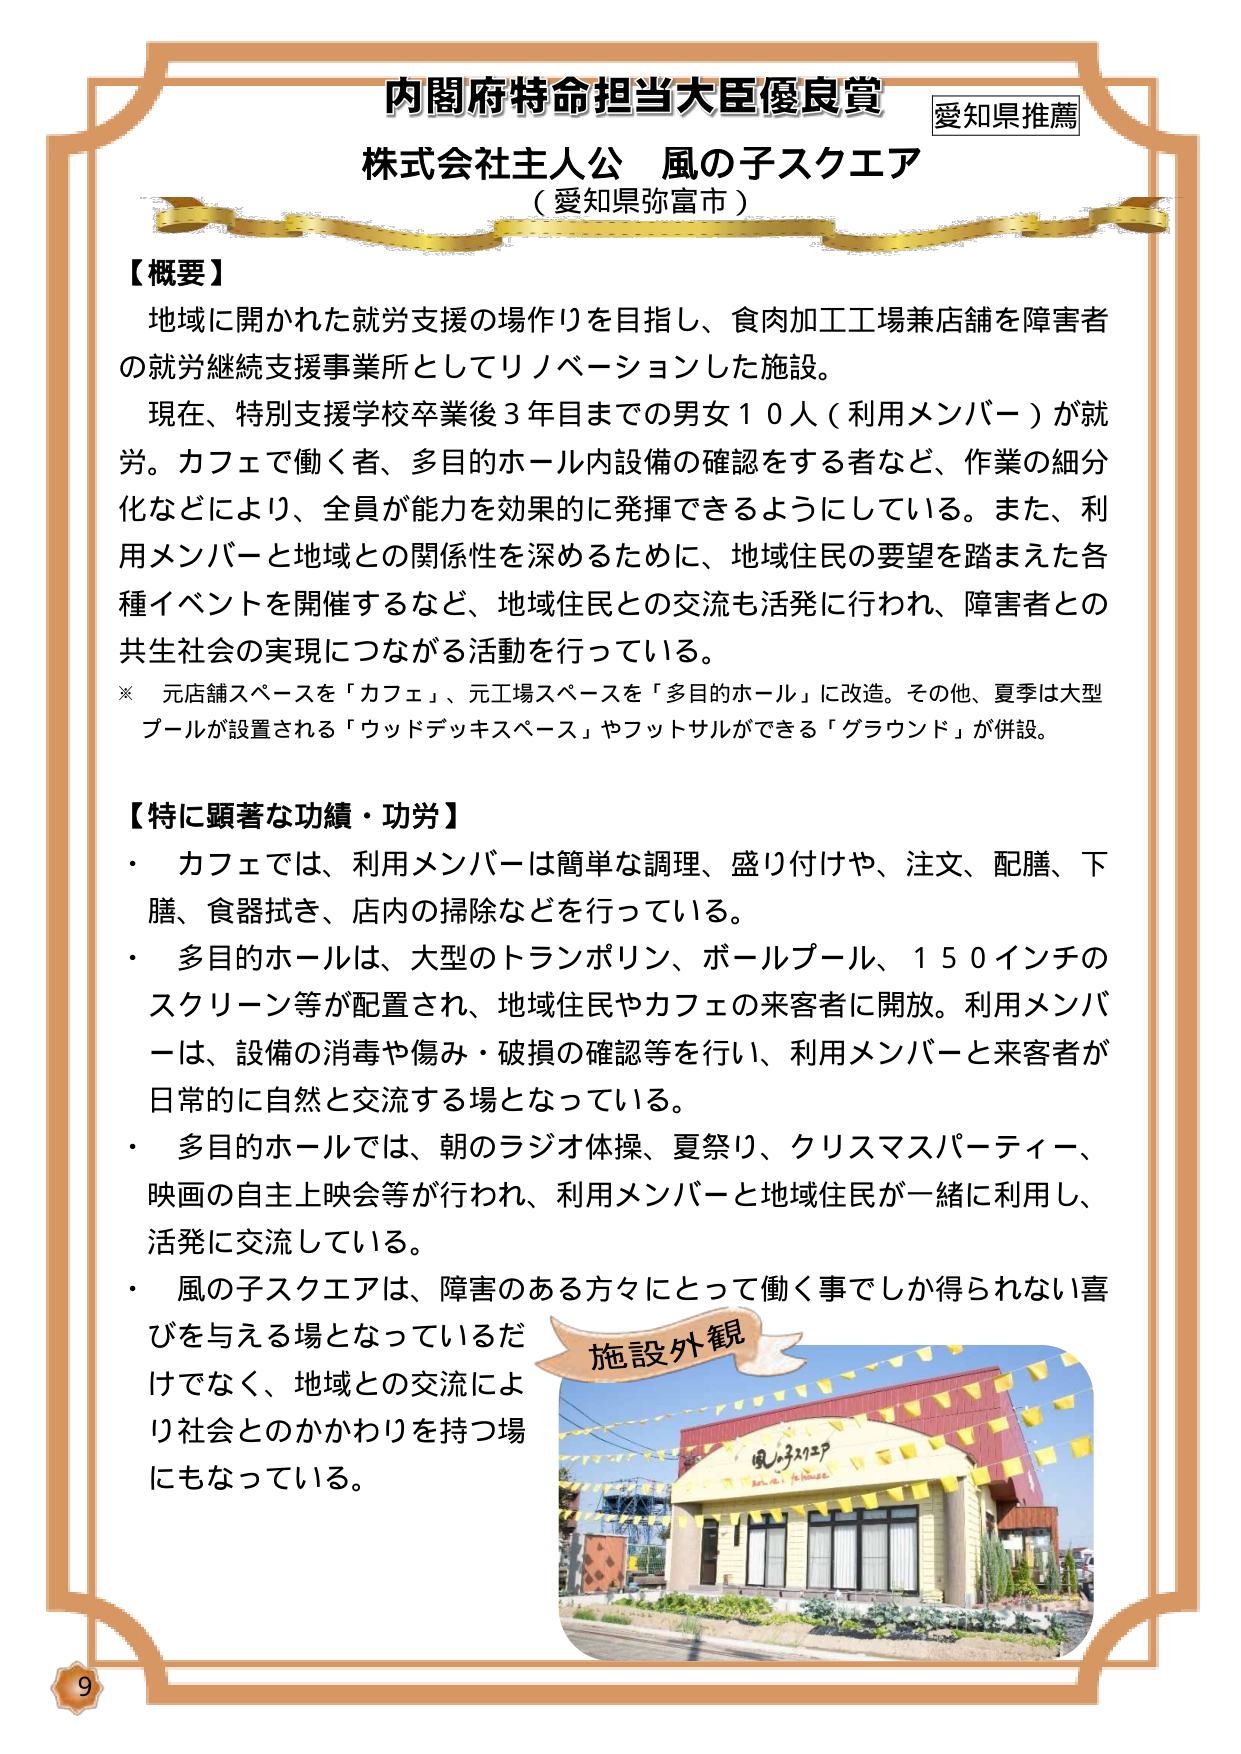
内閣府特命担当大臣優良賞
愛知県推薦
株式会社主人公 風の子スクエア
（愛知県弥富市）

【概要】
地域に開かれた就労支援の場作りを目指し、食肉加工工場兼店舗を障害者の就労継続支援事業所としてリノベーションした施設。
現在、特別支援学校卒業後３年目までの男女１０人（利用メンバー）が就労。カフェで働く者、多目的ホール内設備の確認をする者など、作業の細分化などにより、全員が能力を効果的に発揮できるようにしている。また、利用メンバーと地域との関係性を深めるために、地域住民の要望を踏まえた各種イベントを開催するなど、地域住民との交流も活発に行われ、障害者との共生社会の実現につながる活動を行っている。
※ 元店舗スペースを「カフェ」、元工場スペースを「多目的ホール」に改造。その他、夏季は大型プールが設置される「ウッドデッキスペース」やフットサルができる「グラウンド」が併設。

【特に顕著な功績・功労】
・ カフェでは、利用メンバーは簡単な調理、盛り付けや、注文、配膳、下膳、食器拭き、店内の掃除などを行っている。
・ 多目的ホールは、大型のトランポリン、ボールプール、１５０インチのスクリーン等が配置され、地域住民やカフェの来客者に開放。利用メンバーは、設備の消毒や傷み・破損の確認等を行い、利用メンバーと来客者が日常的に自然と交流する場となっている。
・ 多目的ホールでは、朝のラジオ体操、夏祭り、クリスマスパーティー、映画の自主上映会等が行われ、利用メンバーと地域住民が一緒に利用し、活発に交流している。
・ 風の子スクエアは、障害のある方々にとって働く事でしか得られない喜びを与える場となっているだけでなく、地域との交流により社会とのかかわりを持つ場にもなっている。

施設外観
風の子スクエア
kaze no ko square

9